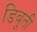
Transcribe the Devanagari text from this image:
डिबूती